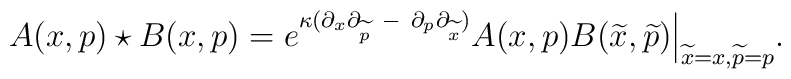
A(x,p) \star B(x,p) = e^{\kappa(\partial_x\partial_{\widetilde{p}} {~} - {~} \partial_p\partial_{\widetilde{x}})} A(x,p)B({\widetilde{x}},{\widetilde{p}} )  \Big | _ {{\widetilde{x}=x},{\widetilde{p} = p}}.